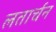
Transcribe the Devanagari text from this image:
लतार्चन